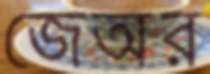
জেঅর